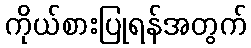
ကိုယ်စားပြုရန်အတွက်